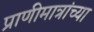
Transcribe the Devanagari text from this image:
प्राणीमात्रांच्या